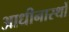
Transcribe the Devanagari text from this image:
आधीनास्थों